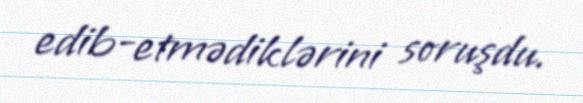
edib-etmədiklərini soruşdu.